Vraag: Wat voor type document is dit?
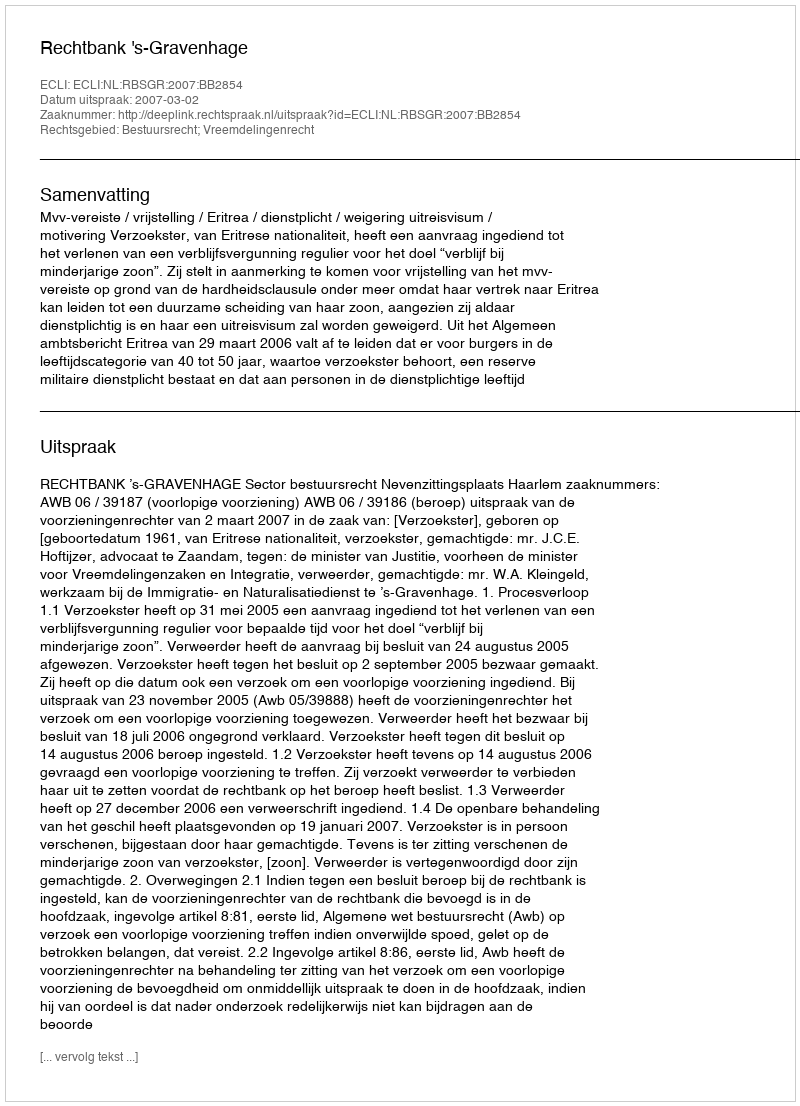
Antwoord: Uitspraak